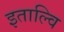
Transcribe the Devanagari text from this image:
इताल्वि